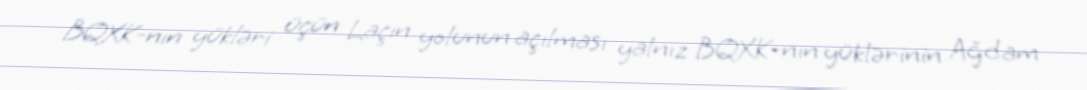
BQXK-nın yükləri üçün Laçın yolunun açılması yalnız BQXK-nın yüklərinin Ağdam